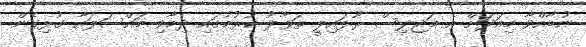
ނުބާއްވާ މިއަދަށް އެ މަޖިލިސް ރޫޅައިލީ ތަވާލު ކުރުމުގައި ދިމާވި މައްސަލައާ ގުޅިގެން